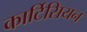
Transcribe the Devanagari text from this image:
कार्टिसियन